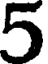
5